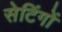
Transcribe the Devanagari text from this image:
सेटिंगों